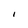
Character: I